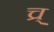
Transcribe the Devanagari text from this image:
च्र्